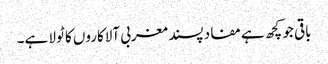
باقی جو کچھ ہے مفاد پسند مغربی آلاکاروں کا ٹولا ہے۔